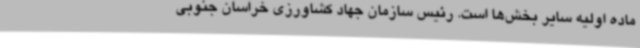
ماده اولیه سایر بخش‌ها است. رئیس سازمان جهاد کشاورزی خراسان جنوبی